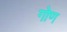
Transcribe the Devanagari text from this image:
गोण